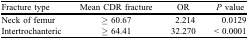
<table><thead><tr><td><b>Fracture type</b></td><td><b>Mean CDR fracture</b></td><td><b>OR</b></td><td><b><i>P</i> value</b></td></tr></thead><tbody><tr><td>Neck of femur</td><td>≥ 60.67</td><td>2.214</td><td>0.0129</td></tr><tr><td>Intertrochanteric</td><td>≥ 64.41</td><td>32.270</td><td>&lt; 0.0001</td></tr></tbody></table>